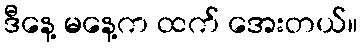
ဒီနေ့ မနေ့က ထက် အေးတယ်။